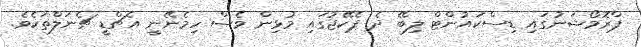
ޕްރޮމޯޝަނުގައި ޑިސްކައުންޓް ލިބޭ ދެ ޕެކޭޖުގައި މުޅިން ވެސް ހިމެނޭނީ އެޗްޑީ ޗެނަލްތަކެވެ.